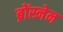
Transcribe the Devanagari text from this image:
ब्रोंस्नेन